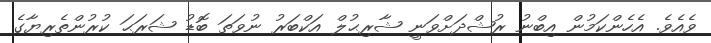
ވެއެވެ. އެހެންކަމުން އިބްނު ރުޝްދަށްވަނީ ޝާރިޙުލް އަކްބަރު ނުވަތަ ބޮޑު ޝަރަޙަ ކުރުންތެރިޔާގެ